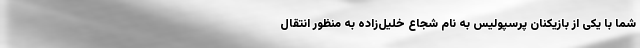
شما با یکی از بازیکنان پرسپولیس به نام شجاع خلیل‌زاده به منظور انتقال